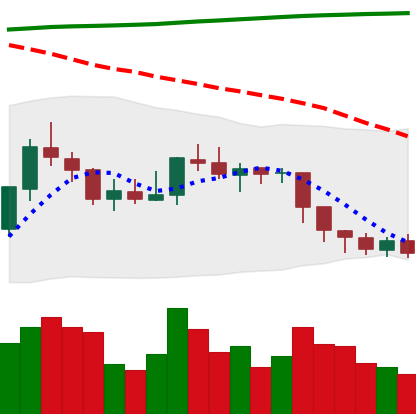
Ticker: EOS-USD
Chart end date: 2018-08-04
Forward return: -16.948%
Label: down_7plus